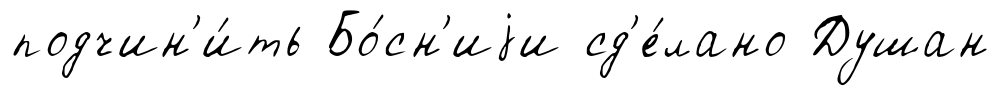
подчин'и́ть Бо́сн'иjи сд'е́лано Душан